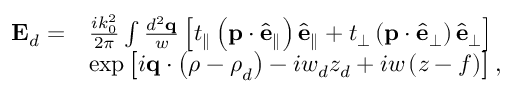
\begin{array} { r l } { \mathbf { E } _ { d } = } & { \frac { i k _ { 0 } ^ { 2 } } { 2 \pi } \int \frac { d ^ { 2 } \mathbf { q } } { w } \left[ t _ { \parallel } \left( \mathbf { p } \cdot \hat { \mathbf { e } } _ { \parallel } \right) \hat { \mathbf { e } } _ { \parallel } + t _ { \perp } \left( \mathbf { p } \cdot \hat { \mathbf { e } } _ { \perp } \right) \hat { \mathbf { e } } _ { \perp } \right] } \\ & { \exp \left[ i \mathbf { q } \cdot \left( \boldsymbol { \rho } - \boldsymbol { \rho } _ { d } \right) - i w _ { d } z _ { d } + i w \left( z - f \right) \right] , } \end{array}